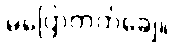
မပြောတတ်ချေ။